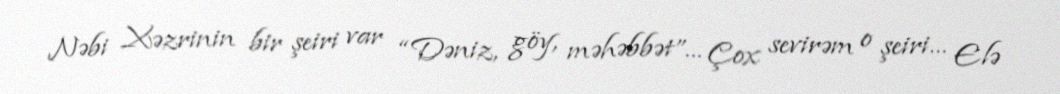
Nəbi Xəzrinin bir şeiri var “Dəniz, göy, məhəbbət”… Çox sevirəm o şeiri… Elə